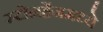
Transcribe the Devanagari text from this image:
स्टोनहेंजमध्ये